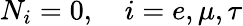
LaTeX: N_{i}=0,\quad i=e,\mu,\tau